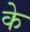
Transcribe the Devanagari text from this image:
के